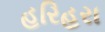
હરિહરા